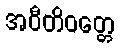
အဝီတိဝတ္တေ